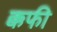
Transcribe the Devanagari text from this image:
क्कफी